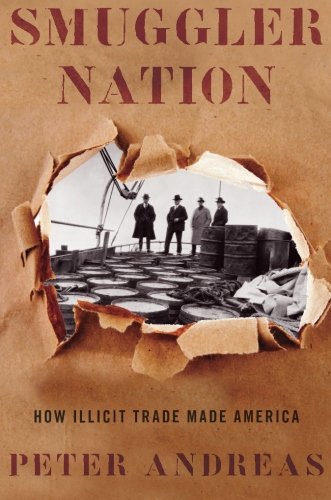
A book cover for Smuggler Nation: How Illicit Trade Made America; Peter Andreas; Business & Money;